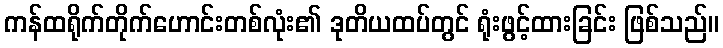
ကန်ထရိုက်တိုက်ဟောင်းတစ်လုံး၏ ဒုတိယထပ်တွင် ရုံးဖွင့်ထားခြင်း ဖြစ်သည်။